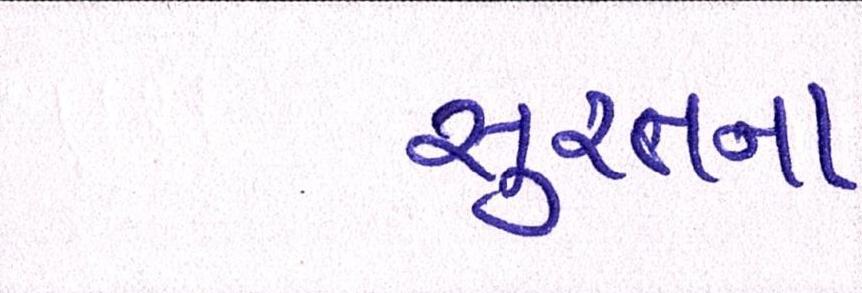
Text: સુરતના